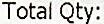
TOTAL QTY: